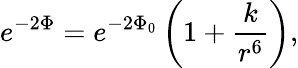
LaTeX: e^{-2\Phi}=e^{-2\Phi_{0}}\left(1+\frac{k}{r^{6}}\right),